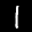
Label: 1